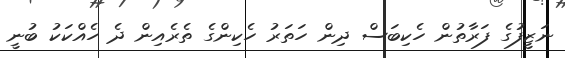
ނަޒީފުގެ ފަރާތުން ހެކިބަސް ދިން ހަތަރު ހެކިންގެ ތެރެއިން ދެ ހެއްކަކު ބުނީ